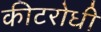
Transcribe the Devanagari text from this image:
कीटरोधी